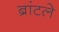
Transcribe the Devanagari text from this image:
ब्रांटले